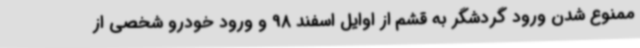
ممنوع شدن ورود گردشگر به قشم از اوایل اسفند 98 و ورود خودرو شخصی از